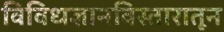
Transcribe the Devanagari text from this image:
विविधज्ञानविस्तारातून